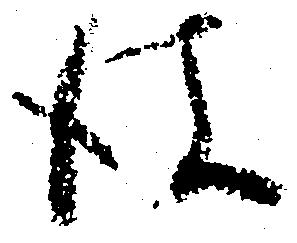
彼